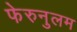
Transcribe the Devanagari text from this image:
फेरुनुलम